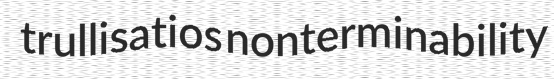
trullisatios nonterminability